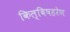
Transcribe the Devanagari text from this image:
किल्बिषहरेण